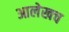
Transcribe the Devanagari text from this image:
आलेखच